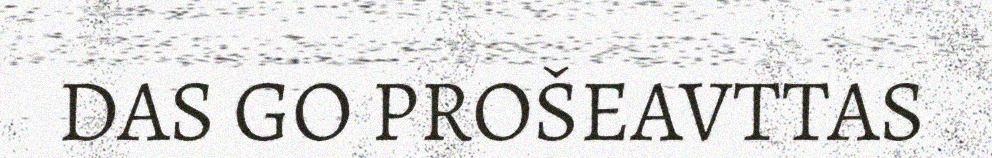
DAS GO PROŠEAVTTAS